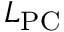
L _ { \mathrm { P C } }